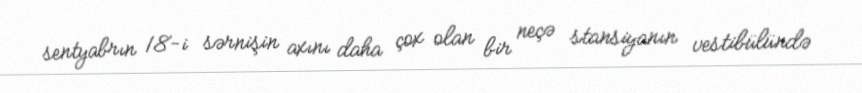
sentyabrın 18-i sərnişin axını daha çox olan bir neçə stansiyanın vestibülündə